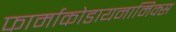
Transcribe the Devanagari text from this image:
फार्माकोडायनामिक्स